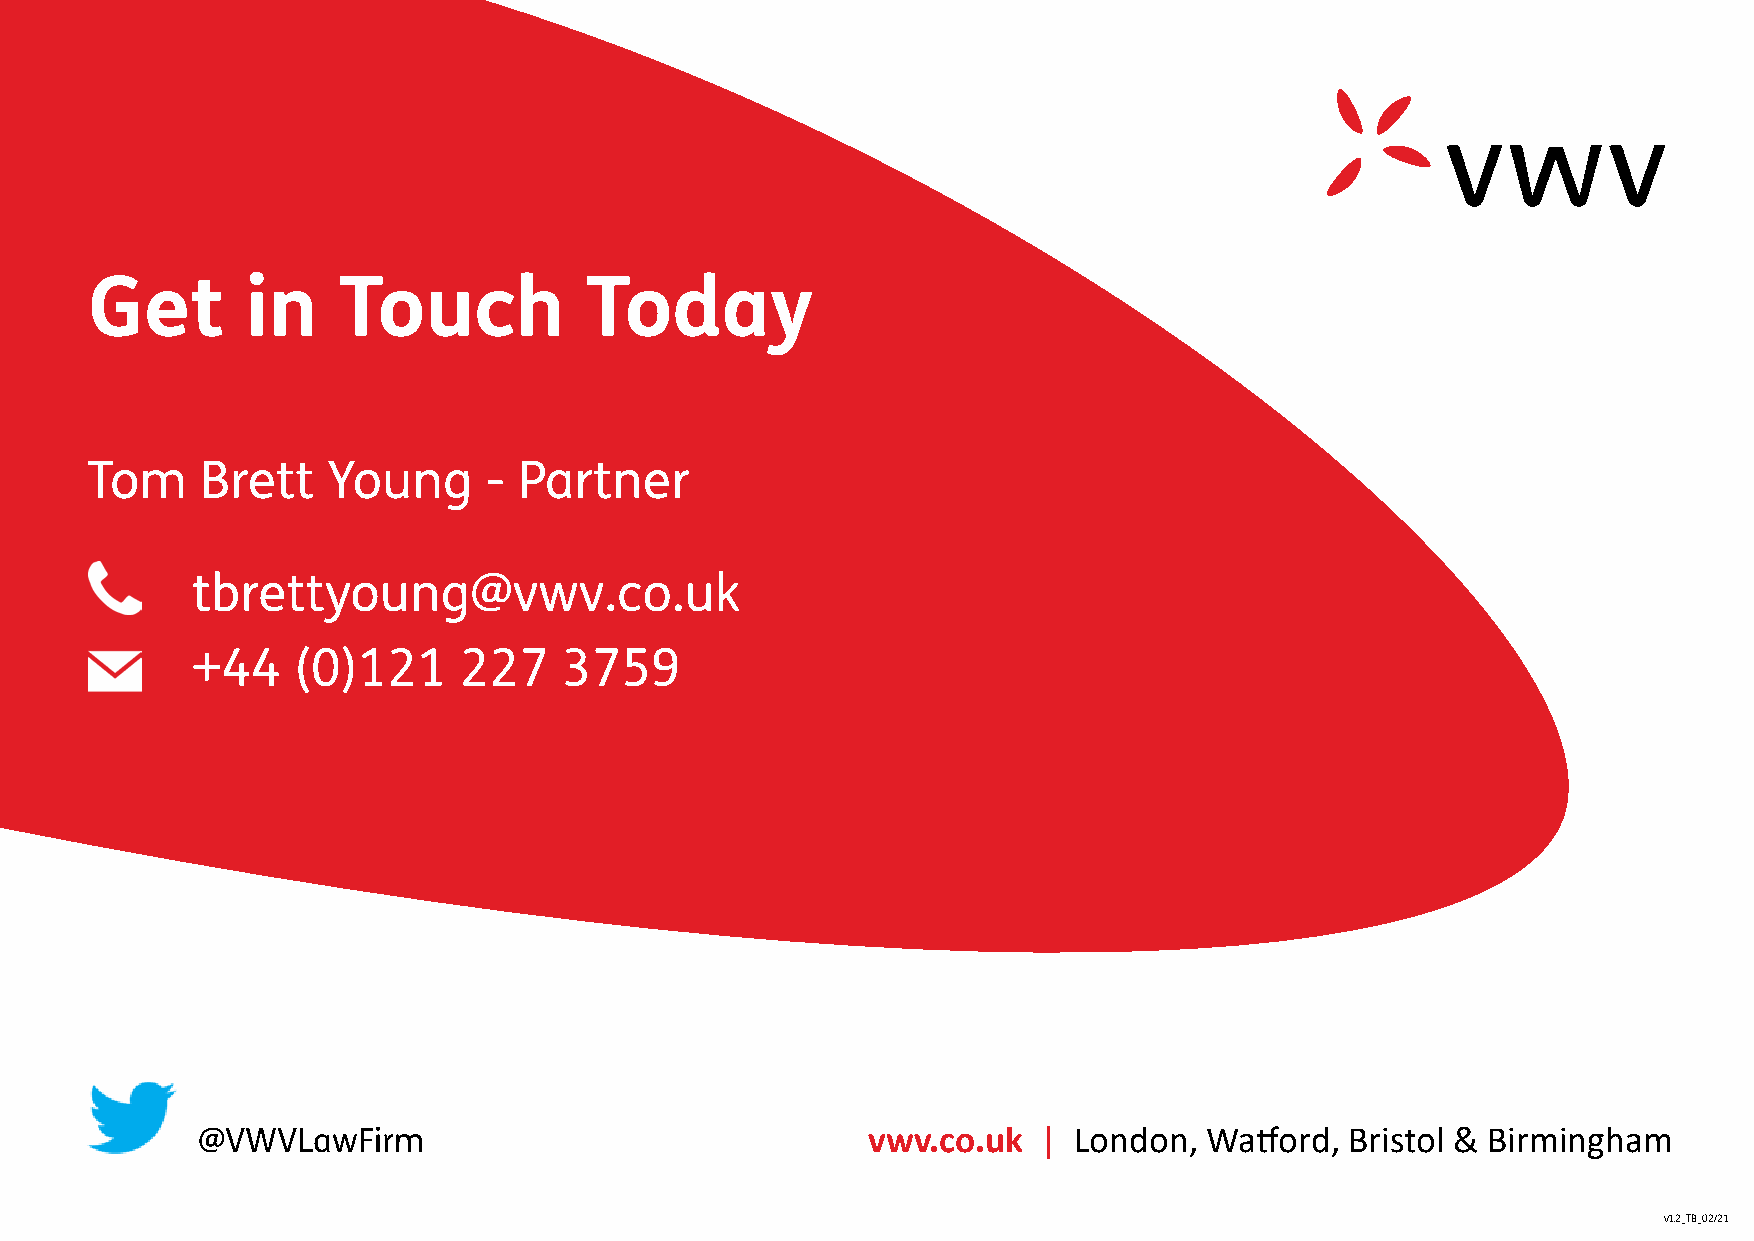
Get       in    Touch            Today
 Tom    Brett    Young     - Partner
 tbrettyoung@vwv.co.uk
 +44   (0)121     227    3759
 @VWVLawFirm                                 vwv.co.uk   | London,  Watford, Bristol & Birmingham
 v1.2_TB_02/21